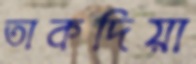
তাকদিয়া